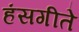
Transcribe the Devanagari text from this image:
हंसगीते